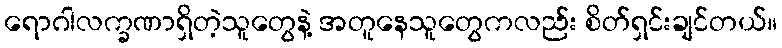
ရောဂါလက္ခဏာရှိတဲ့သူတွေနဲ့ အတူနေသူတွေကလည်း စိတ်ရှင်းချင်တယ်။